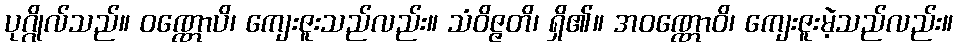
ပုဂ္ဂိုလ်သည်။ ဝဏ္ဏောပိ၊ ကျေးဇူးသည်လည်း။ သံဝိဇ္ဇတိ၊ ရှိ၏။ အဝဏ္ဏောဝိ၊ ကျေးဇူးမဲ့သည်လည်း။